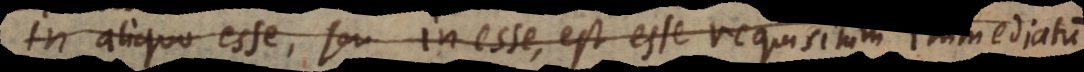
In aliquo esse, seu inesse, est esse requisitum immediatum